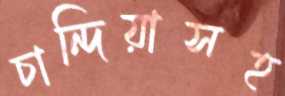
চান্দিয়াসহ